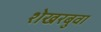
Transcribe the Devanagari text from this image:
शेखरबुवा